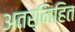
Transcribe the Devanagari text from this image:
अतर्निहित